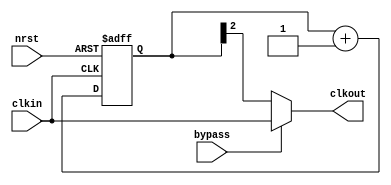
module fdiv8(nrst, clkin, bypass, clkout);
    input nrst;
    input clkin;
    input bypass;
    output clkout;
    reg [2:0] cnt;
    always @(posedge clkin or negedge nrst) begin
        if (~nrst) begin
            cnt <= 0;
        end else begin
            cnt <= cnt + 1'b1;
        end
    end
    assign clkout = bypass ? clkin : cnt[2];
endmodule